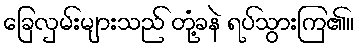
ခြေလှမ်းများသည် တုံ့ခနဲ ရပ်သွားကြ၏။